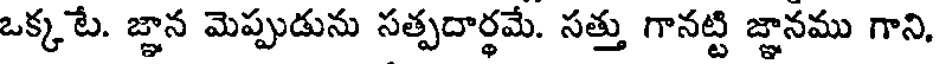
ఒక్కటే. జ్ఞాన మెప్పుడును సత్పదార్థమే. సత్తు గానట్టి జ్ఞానము గాని,